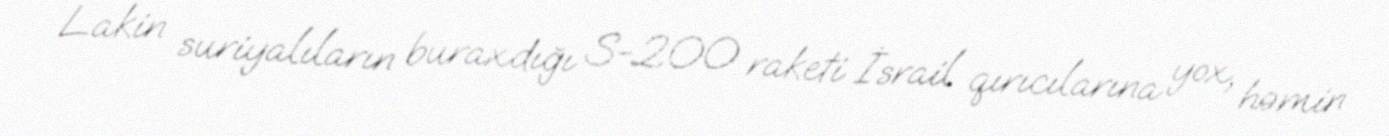
Lakin suriyalıların buraxdığı S-200 raketi İsrail qırıcılarına yox, həmin